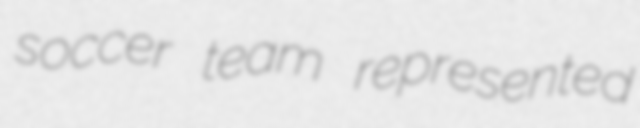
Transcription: soccer team represented